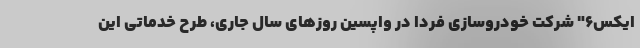
ایکس6" شرکت خودروسازی فردا در واپسین روزهای سال جاری، طرح خدماتی این